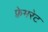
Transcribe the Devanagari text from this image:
फ़्रेमरेट